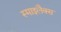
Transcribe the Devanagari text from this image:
स्माइलैक्स